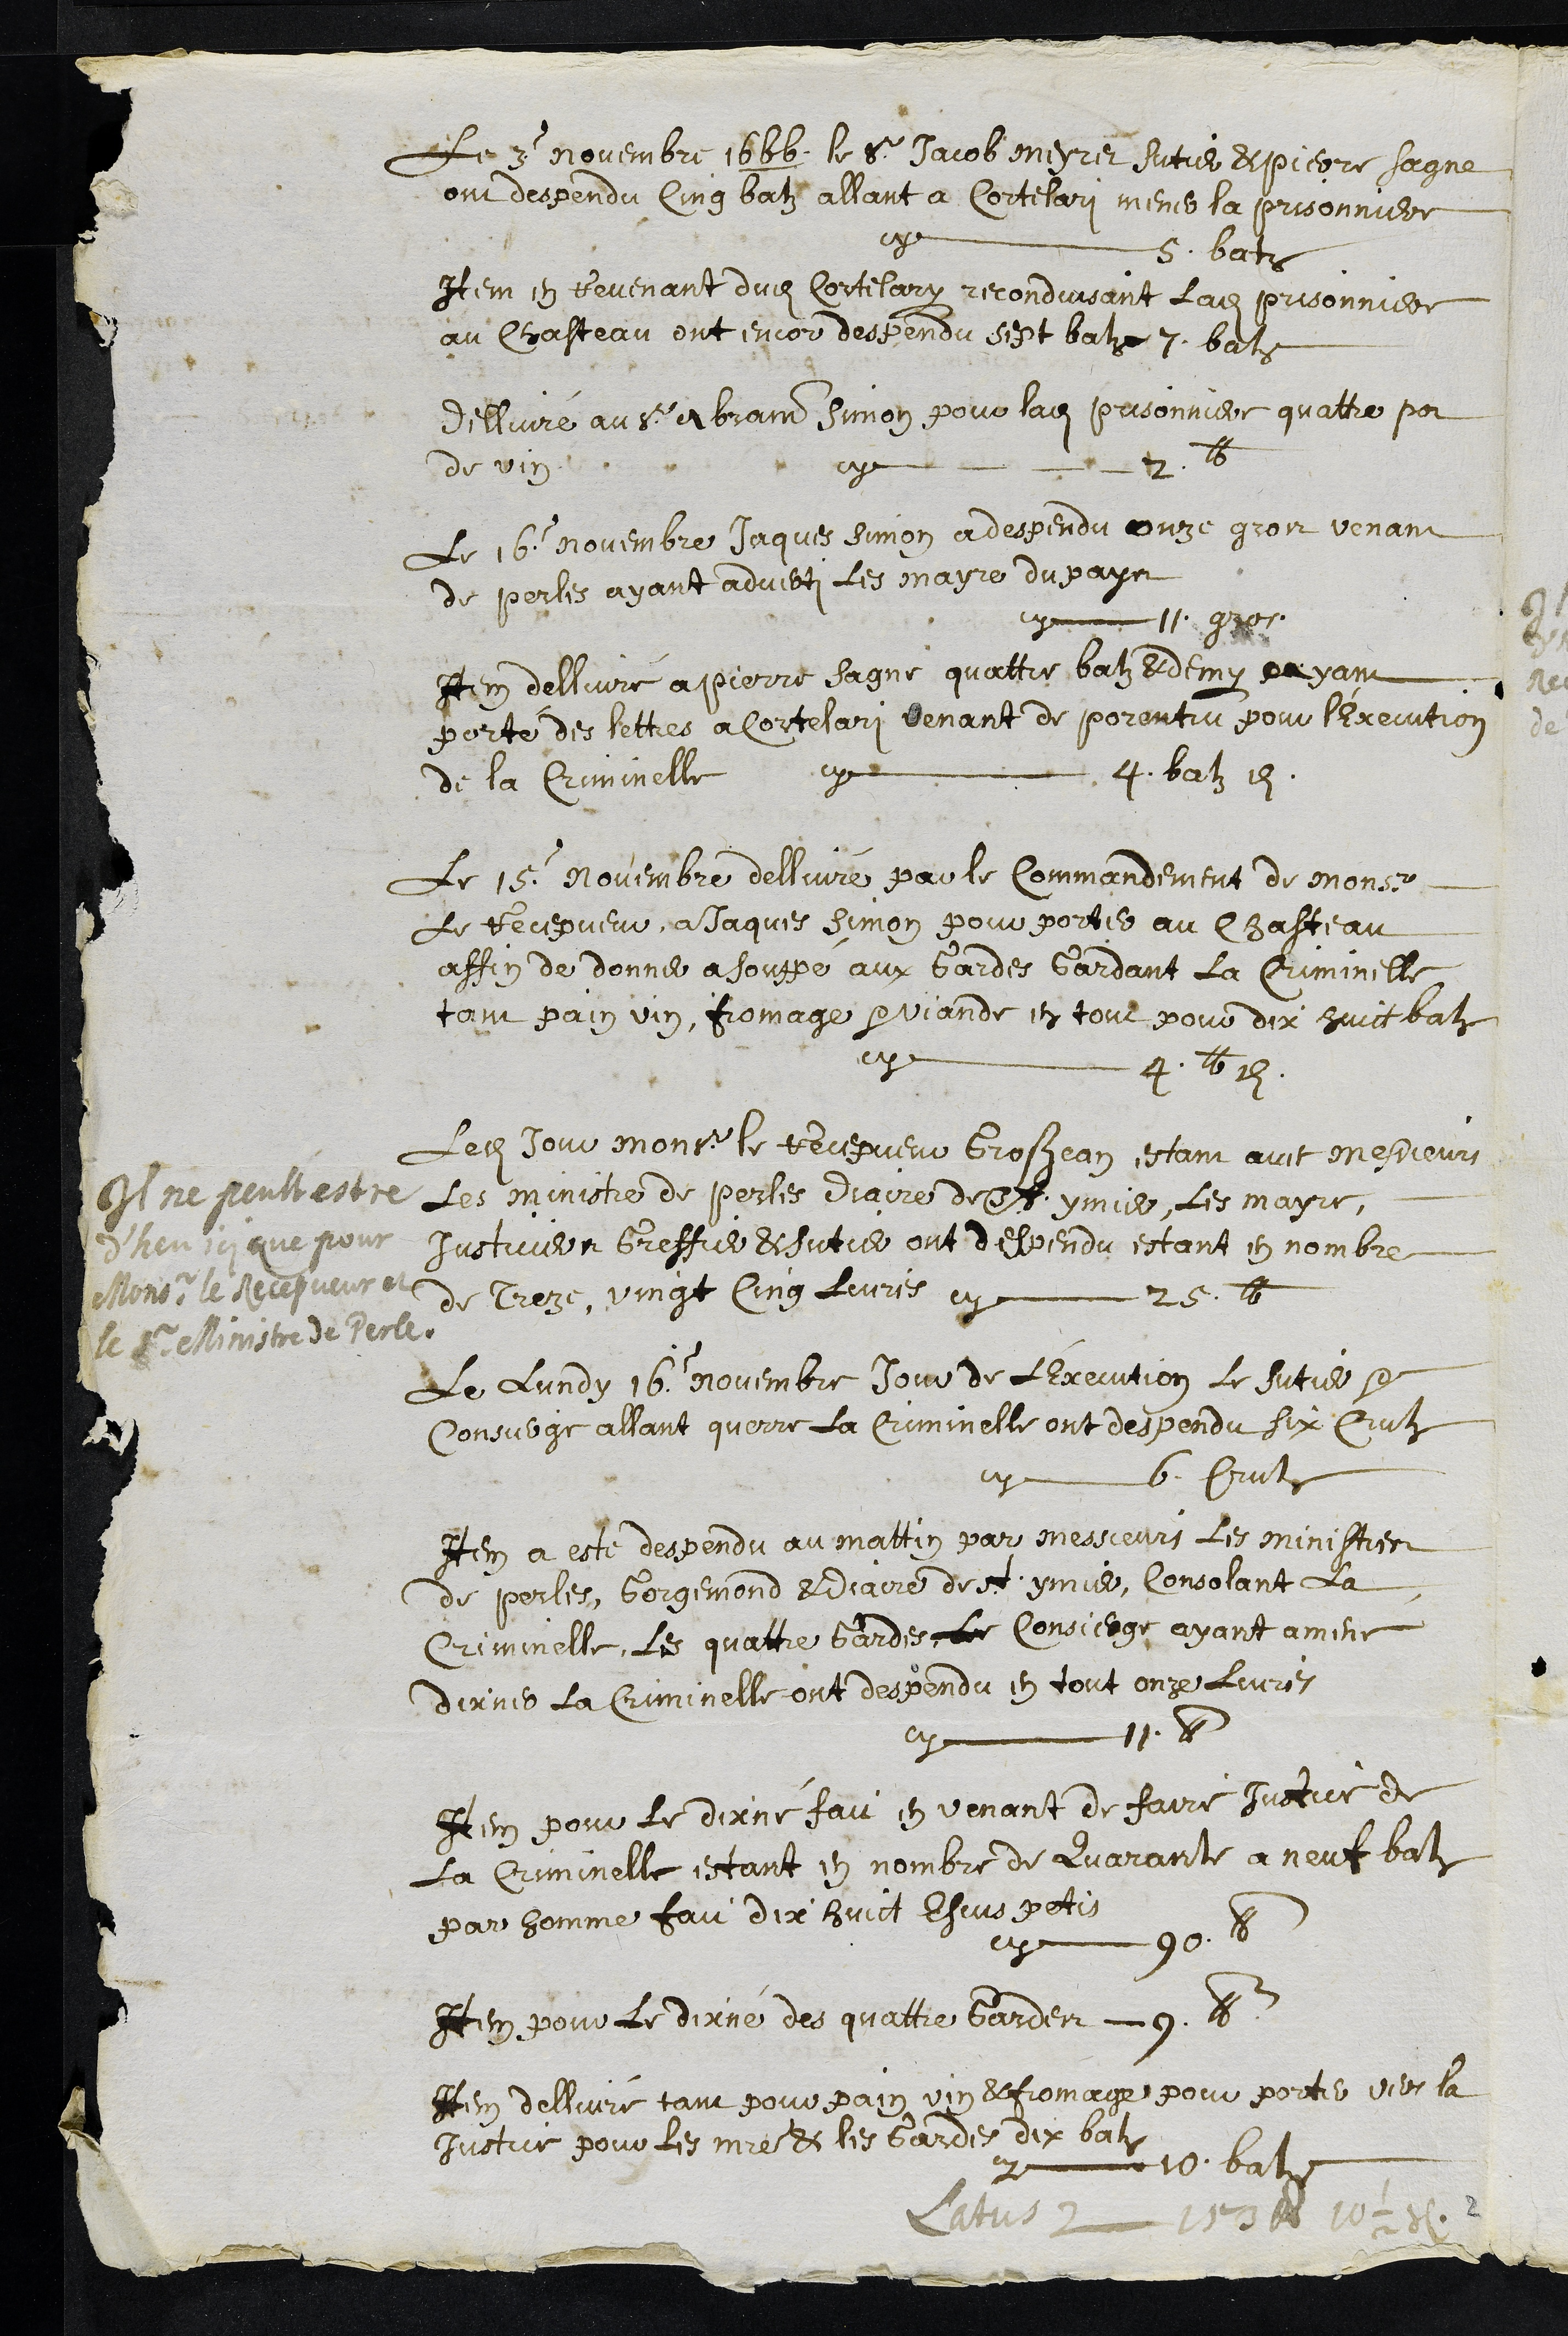
Le 3 novembre 1666. le Sr Jacob Meyret sutier & pierre Sagne
ont despendu Cinq batz allant a Cortelari mener la prisonniere
cy 5 batz
Item en revenant dudit Cortelary reconduisant ladite prisonniere
au Chasteau ont encor despendu sept batz 7. batz
dellivré au sr Abrand Simon pour ladite prisonniere quattre pot
de vin cy 2 lb
Le 16 novembre Jaques simon a despendu onze gros venant
de perles ayant adverti les mayre du pays
cy 11 gros
Item dellivré a Pierre Sagne quattre batz & demy ayant
porté des lettres a Cortelari venant de porentru pour l'Execution
de la Criminelle cy 4 batz et demi
Le 15 Novembre dellivré par le Commandement de Monsieur
le Recepveur a Jaques simon pour porter au Chasteau
affin de donner a souppé aux Gardes Gardant la Criminelle
tant pain vin fromage & viande en tout pour dix huict batz
cy 4 lb et demi
Il ne peult estre
d'heu ici que pour
Monsr le Recepveur et
le Sr Ministre de Perle
Ledit Jour Monsieur le Recepveur Grosjean estant avec messieurs
les ministre de Perles diacre de St ymier, les mayre,
Justiciers Greffier Et sutier ont despendu estant en nombre
de treze, vingt cing livres cy 25 lb
Le lundy 16 novembre Jour de l’Execution le sutier et
Consierge allant querre la Criminelle ont despendu six Crutz
cy 6 Crutz
Item a este despendu au mattin par messieurs les ministres
de perles, Gorgemond & diacre de st ymier, consolant la
Criminelle, les quattre Gardes, Le Consierge, ayant amene
dixner la Criminelle ont despendu en tout onze livres
cy 11 lb
Item pour le dixné fait en venant de faire justice A
la Criminelle estant en nombre de Quarante a neuf batz
par homme fait dix huict Escus petis
cy 90 lb
Item pour le dixné des quattre Gardes 9 lb
Item dellivré tant pour pain vin & fromage pour porter vers la
Justice pour les maitre & les Gardes dix batz
cy 10 batz
Latus 153 lb 10 1/2 s.
2